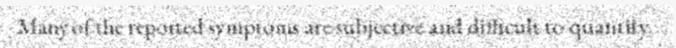
Many of the reported symptoms are subjective and difficult to quantify.